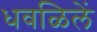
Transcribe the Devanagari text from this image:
धवळिलें